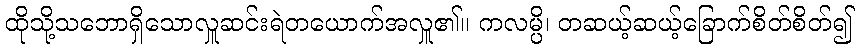
ထိုသို့သဘောရှိသောလှူဆင်းရဲတယောက်အလှူ၏။ ကလမ္ပိ၊ တဆယ့်ဆယ့်ခြောက်စိတ်စိတ်၍